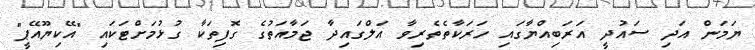
ޔަމަން އަދި ސައުދީ އަރަބިއްޔާގައި ހަރަކާތެތެރިވާ އަލްގައިދާ ޖަމާއަތުގެ ގޮފިތަކާ ގުޅުމަށްޓަކައި "އޭކިޔޫއޭޕީ"